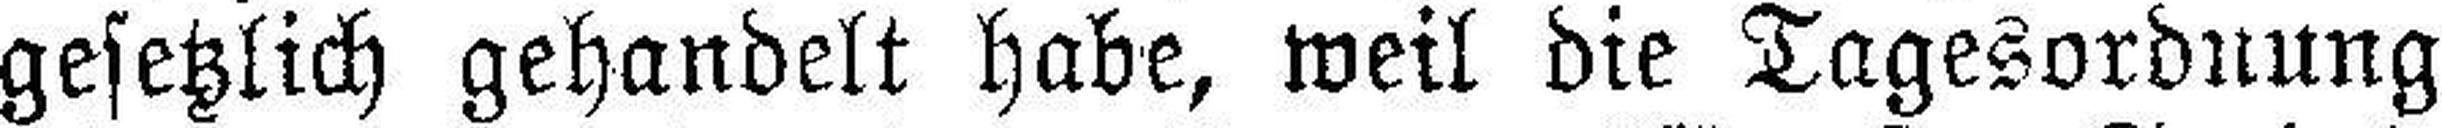
gesetzlich gehandelt habe, weil die Tagesordnung